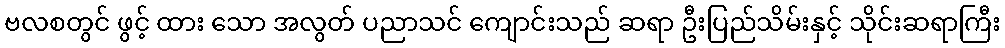
ဗလစတွင် ဖွင့် ထား သော အလွတ် ပညာသင် ကျောင်းသည် ဆရာ ဦးပြည်သိမ်းနှင့် သိုင်းဆရာကြီး